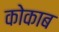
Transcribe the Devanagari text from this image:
कोकाब